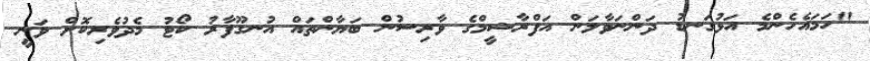
"ހަމައެހެންމެ އަޅުގަނޑު ދަންނަވާލަން އަފްރާޝީމްގެ ވާރިސުން ބަޔާންތައް އުނގޫފާރު ކޯޓު މެދުވެރިކޮށް ވަނީ